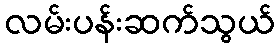
လမ်းပန်းဆက်သွယ်